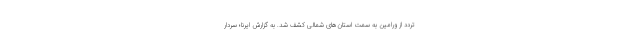
تردد از ورامین به سمت استان‌های شمالی کشف شد. به گزارش ایرنا؛ سردار